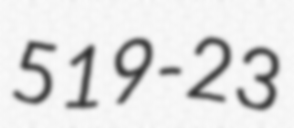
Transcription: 519-23